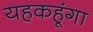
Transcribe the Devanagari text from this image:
यहकहूंगा